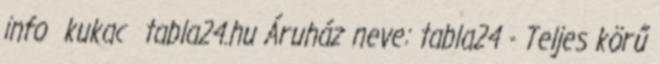
info kukac tabla24.hu Áruház neve: tabla24 - Teljes körű